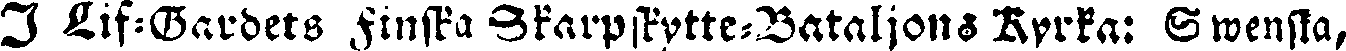
I Lif-Gardets finska Skarpskytte-Bataljons Kyrka: Swenska,